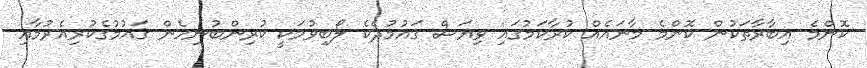
ކޮންމެ އިބާރާތަކުން ކޮންމެ މާނައެއް ކުރާކަމުގައި ވިޔަސް ގައުމުދެކެ ލޯބިވުމަކީ ކުރިންބުނިހެން ގައުމުގެކުރިއެރުމާއި